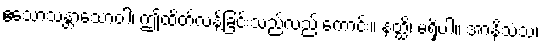
ဧသောသန္တာသောဝါ၊ ဤထိတ်လန့်ခြင်းသည်လည်းကောင်း။ နတ္ထိ၊ မရှိပါ။ အာနိသံသံ၊